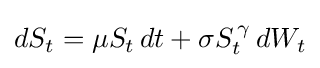
dS_{t}=\mu S_{t}\,dt+\sigma S_{t}^{\,\gamma }\,dW_{t}